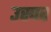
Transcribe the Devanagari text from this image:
उस्पर